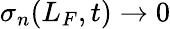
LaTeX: \sigma_{n}(L_{F},t)\rightarrow 0